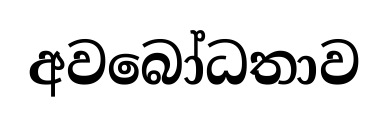
අවබෝධතාව